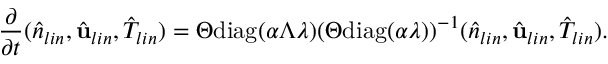
\frac { \partial } { \partial t } ( \hat { n } _ { l i n } , \hat { \mathbf { u } } _ { l i n } , \hat { T } _ { l i n } ) = \Theta \mathrm { d i a g } ( \boldsymbol { \alpha } \Lambda \boldsymbol { \lambda } ) ( \Theta \mathrm { d i a g } ( \boldsymbol { \alpha } \boldsymbol { \lambda } ) ) ^ { - 1 } ( \hat { n } _ { l i n } , \hat { \mathbf { u } } _ { l i n } , \hat { T } _ { l i n } ) .